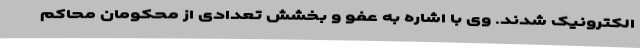
الکترونیک شدند. وی با اشاره به عفو و بخشش تعدادی از محکومان محاکم